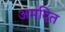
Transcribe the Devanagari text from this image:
अमंदित